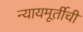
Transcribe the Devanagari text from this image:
न्यायमूर्तीची